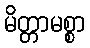
မိတ္တာမစ္စာ